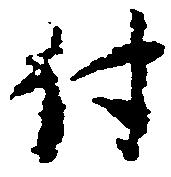
付